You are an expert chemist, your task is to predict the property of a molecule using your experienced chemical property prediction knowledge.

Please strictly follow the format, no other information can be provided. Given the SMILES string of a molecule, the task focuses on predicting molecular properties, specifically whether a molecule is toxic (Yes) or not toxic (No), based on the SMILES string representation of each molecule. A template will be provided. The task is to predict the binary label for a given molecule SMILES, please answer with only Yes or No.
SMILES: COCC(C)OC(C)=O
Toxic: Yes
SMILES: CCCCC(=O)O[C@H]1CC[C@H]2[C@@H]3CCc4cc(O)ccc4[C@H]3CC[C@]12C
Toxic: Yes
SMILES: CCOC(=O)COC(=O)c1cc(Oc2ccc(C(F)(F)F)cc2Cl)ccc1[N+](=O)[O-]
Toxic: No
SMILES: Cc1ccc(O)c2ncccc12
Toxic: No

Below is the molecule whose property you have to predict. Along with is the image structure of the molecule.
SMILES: CS(=O)(=O)c1ccc(C(=O)C2C(=O)CCCC2=O)c([N+](=O)[O-])c1
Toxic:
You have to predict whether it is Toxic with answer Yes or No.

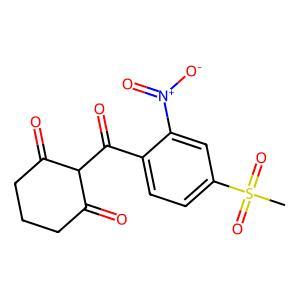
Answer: No